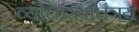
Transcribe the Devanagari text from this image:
व्यक्तिस्वातंत्रय